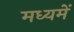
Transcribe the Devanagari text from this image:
मध्यमें